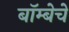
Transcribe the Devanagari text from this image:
बॉम्बेचे